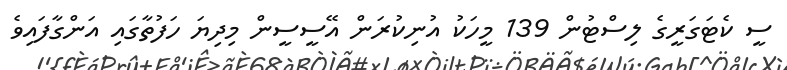
ސީ ކެޓަގަރީގެ ލިސްޓުން 139 މީހަކު އުނިކުރަން އޭސީސީން މިދިޔަ ހަފުތާގައި އަންގާފައިވެ